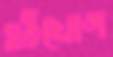
হঠযোগ